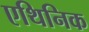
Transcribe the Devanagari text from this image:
एथिनिक